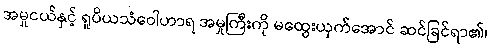
အမှုငယ်နှင့် ရူပိယသံဝေါဟာရ အမှုကြီးကို မထွေးယှက်အောင် ဆင်ခြင်ရာ၏၊